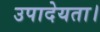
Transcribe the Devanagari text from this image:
उपादेयता।